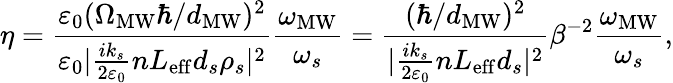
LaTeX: \eta=\frac{\varepsilon_{0}(\Omega_{\mathrm{MW}}\hbar/d_{\mathrm{MW}})^{2}}{\varepsilon_{0}|\frac{ik_{s}}{2\varepsilon_{0}}nL_{\mathrm{eff}}d_{s}\rho_{s}|^{2}}\frac{\omega_{\mathrm{MW}}}{\omega_{s}}=\frac{(\hbar/d_{\mathrm{MW}})^{2}}{|\frac{ik_{s}}{2\varepsilon_{0}}nL_{\mathrm{eff}}d_{s}|^{2}}\beta^{-2}\frac{\omega_{\mathrm{MW}}}{\omega_{s}},